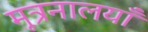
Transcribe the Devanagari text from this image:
मूत्रनालयाँ